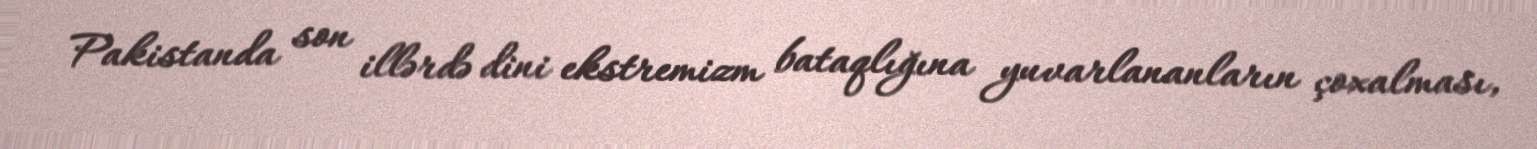
Pakistanda son illərdə dini ekstremizm bataqlığına yuvarlananların çoxalması,